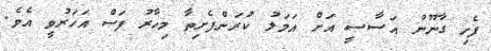
ފެހި ގާނޫނު އަސާސީ އަށް އަމަލު ކުރަންފެށިތާ މިހާރު ފަސް އަހަރުވީ އެވެ.